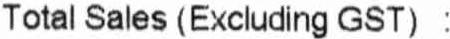
TOTAL SALES (EXCLUDING GST) :